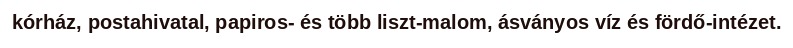
kórház, postahivatal, papiros- és több liszt-malom, ásványos víz és fördő-intézet.